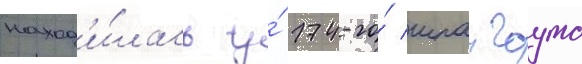
наход'и́лась у́ 174-го́ шпангоута